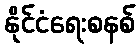
နိုင်ငံရေးစနစ်